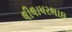
લીલાધરભાઇ